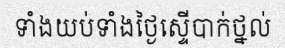
ទាំងយប់ទាំងថ្ងៃស្ទើបាក់ថ្នល់